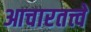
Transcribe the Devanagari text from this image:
आचारतत्त्वे